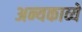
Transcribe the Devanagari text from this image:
अन्यकाव्ये